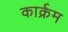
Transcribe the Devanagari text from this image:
कार्क्रम